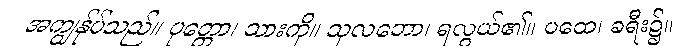
အကျွန်ုပ်သည်။ ပုတ္တော၊ သားကို။ သုလဘော၊ ရလွယ်၏။ ပထေ၊ ခရီး၌။